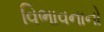
વિભાવનાનો